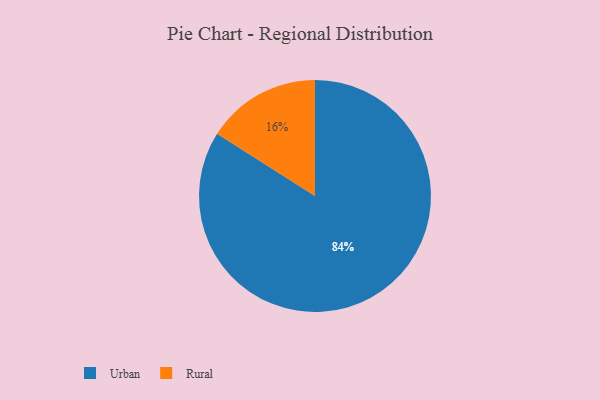
{"axis": {"x": "Category", "y": "Percentage"}, "legend": ["Rural", "Urban"], "data": [{"x": "Rural", "y": 16, "type": "Rural"}, {"x": "Urban", "y": 84, "type": "Urban"}]}